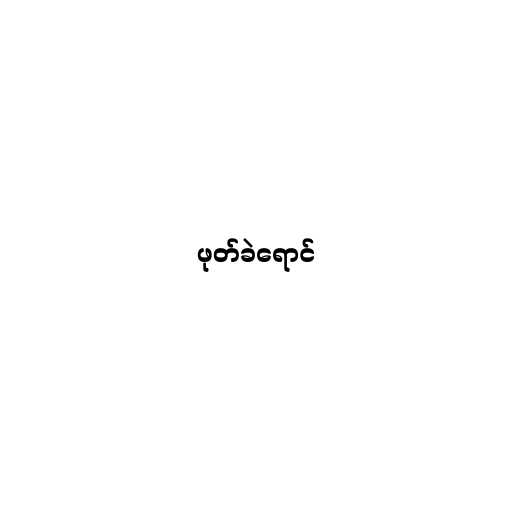
ဖုတ်ခဲရောင်